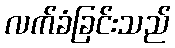
လက်ခံခြင်းသည်